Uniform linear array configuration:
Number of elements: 32
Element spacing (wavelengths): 0.25
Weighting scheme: cosine
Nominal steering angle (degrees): -30
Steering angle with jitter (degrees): -30.51
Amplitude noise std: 0.05
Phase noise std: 0.05

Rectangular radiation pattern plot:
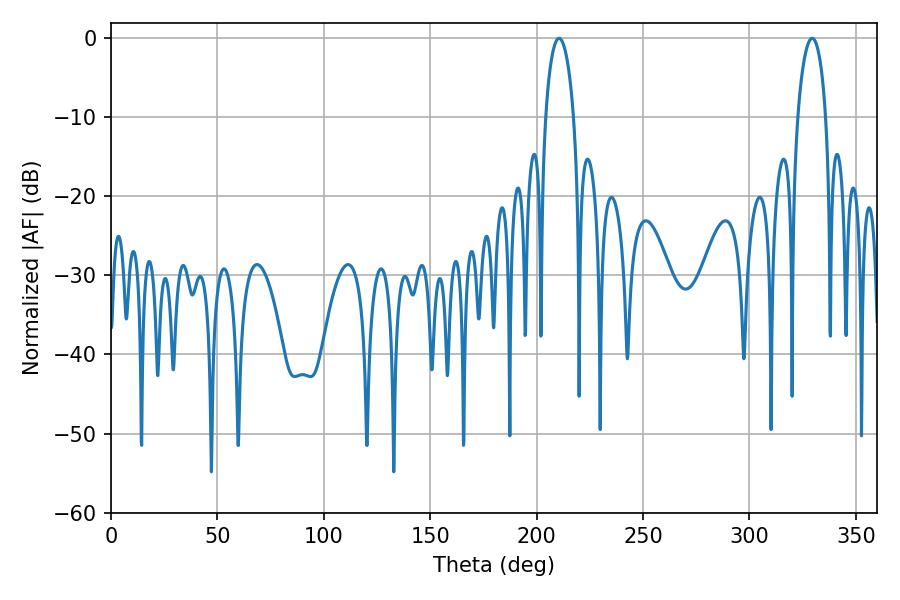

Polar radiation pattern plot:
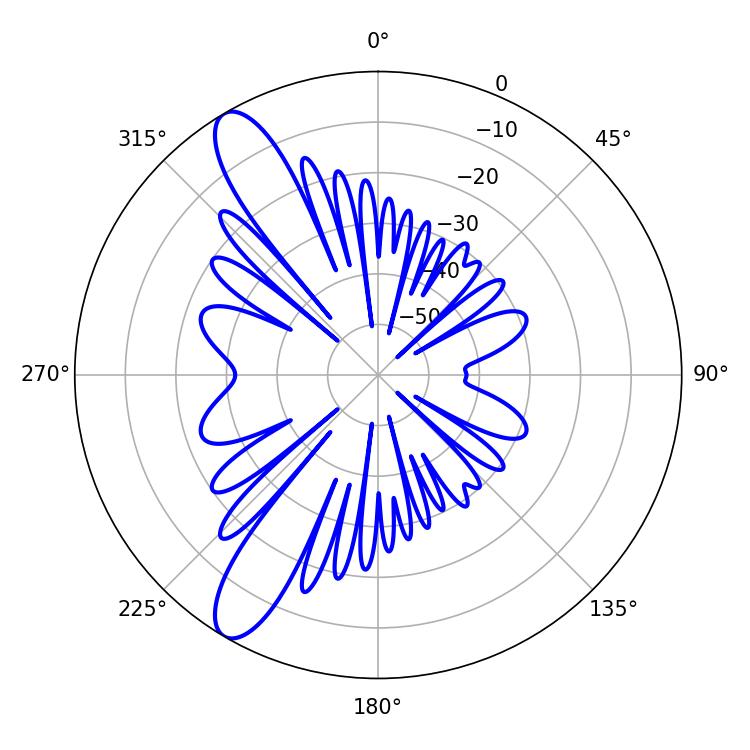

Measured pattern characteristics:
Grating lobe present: FALSE
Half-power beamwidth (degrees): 7.56
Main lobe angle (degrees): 210.6